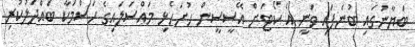
ބަޔާނުގައި ބުނެފައި ވަނީ އެ ކޯޓަށް އޭސީސީން ހުށަހެޅި މައްސަލައިގެ ހަސްމަކާ ބައްދަލުކުރި